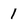
Character: 1